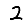
Digit: 2